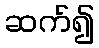
ဆက်၍